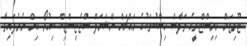
ޓޫރިޒަމް މިނިސްޓްރީގެ ތަފާސް ހިސާބުތަކުގެ މައްޗަށް ނޭޝަނަލް ސްޓެޓިސްޓިކް ބިއުރޯ އިން ނެރެފައިވާ